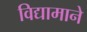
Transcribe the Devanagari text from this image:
विद्यामाने